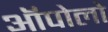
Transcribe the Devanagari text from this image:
ऑपोलो